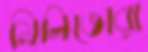
মিলিতোরা